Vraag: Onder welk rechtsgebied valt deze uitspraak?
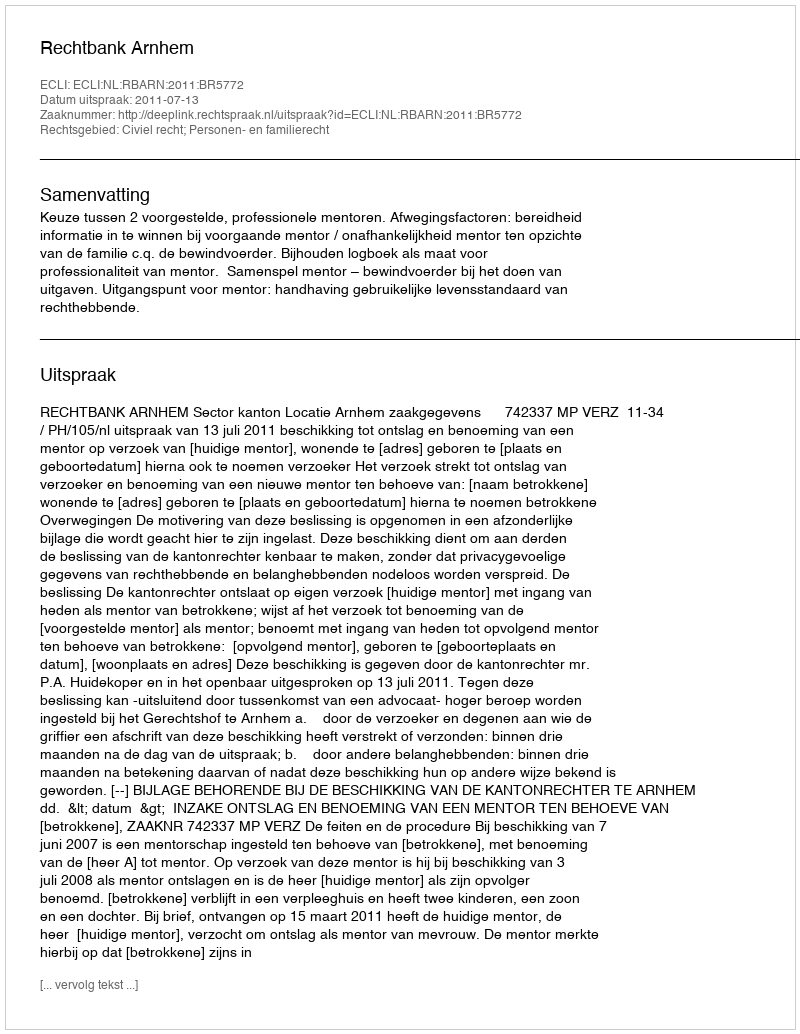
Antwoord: Civiel recht; Personen- en familierecht